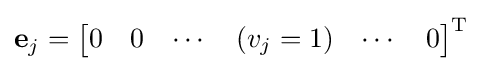
\mathbf {e} _{j}={\begin{bmatrix}0&0&\cdots &(v_{j}=1)&\cdots &0\end{bmatrix}}^{\mathrm {T} }